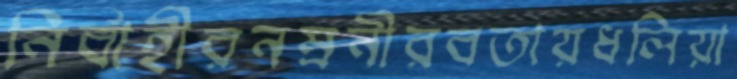
নির্বাহীরনম্রনীরবতায়ধলিয়া